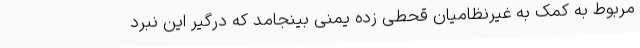
مربوط به کمک به غیرنظامیان قحطی زده یمنی بینجامد که درگیر این نبرد